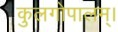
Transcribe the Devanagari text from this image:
कुलगोपालम्‌।